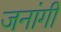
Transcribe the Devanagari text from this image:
जनांगी